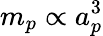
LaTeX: m_{p}\propto a_{p}^{3}